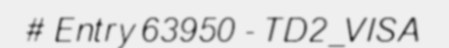
# Entry 63950 - TD2_VISA